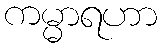
ကမ္မာရဟာ